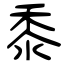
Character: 黍